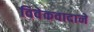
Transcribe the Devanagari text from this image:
विवेकवादाने